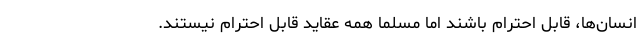
انسان‌ها، قابل احترام باشند اما مسلما همه عقاید قابل احترام نیستند.